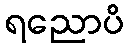
ရညောပိ